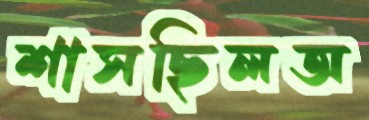
শাসছিলঅ